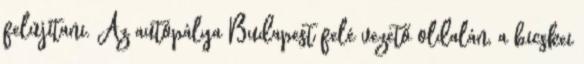
felújítani. Az autópálya Budapest felé vezető oldalán, a bicskei